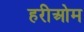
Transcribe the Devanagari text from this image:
हरीओम